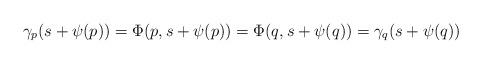
LaTeX: \begin{align*}\gamma_p (s +\psi(p) ) = \Phi ( p, s+\psi(p) ) = \Phi (q, s + \psi(q)) = \gamma_{q} (s + \psi (q)) \end{align*}